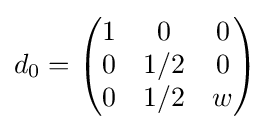
d_{0}={\begin{pmatrix}1&0&0\\0&1/2&0\\0&1/2&w\end{pmatrix}}